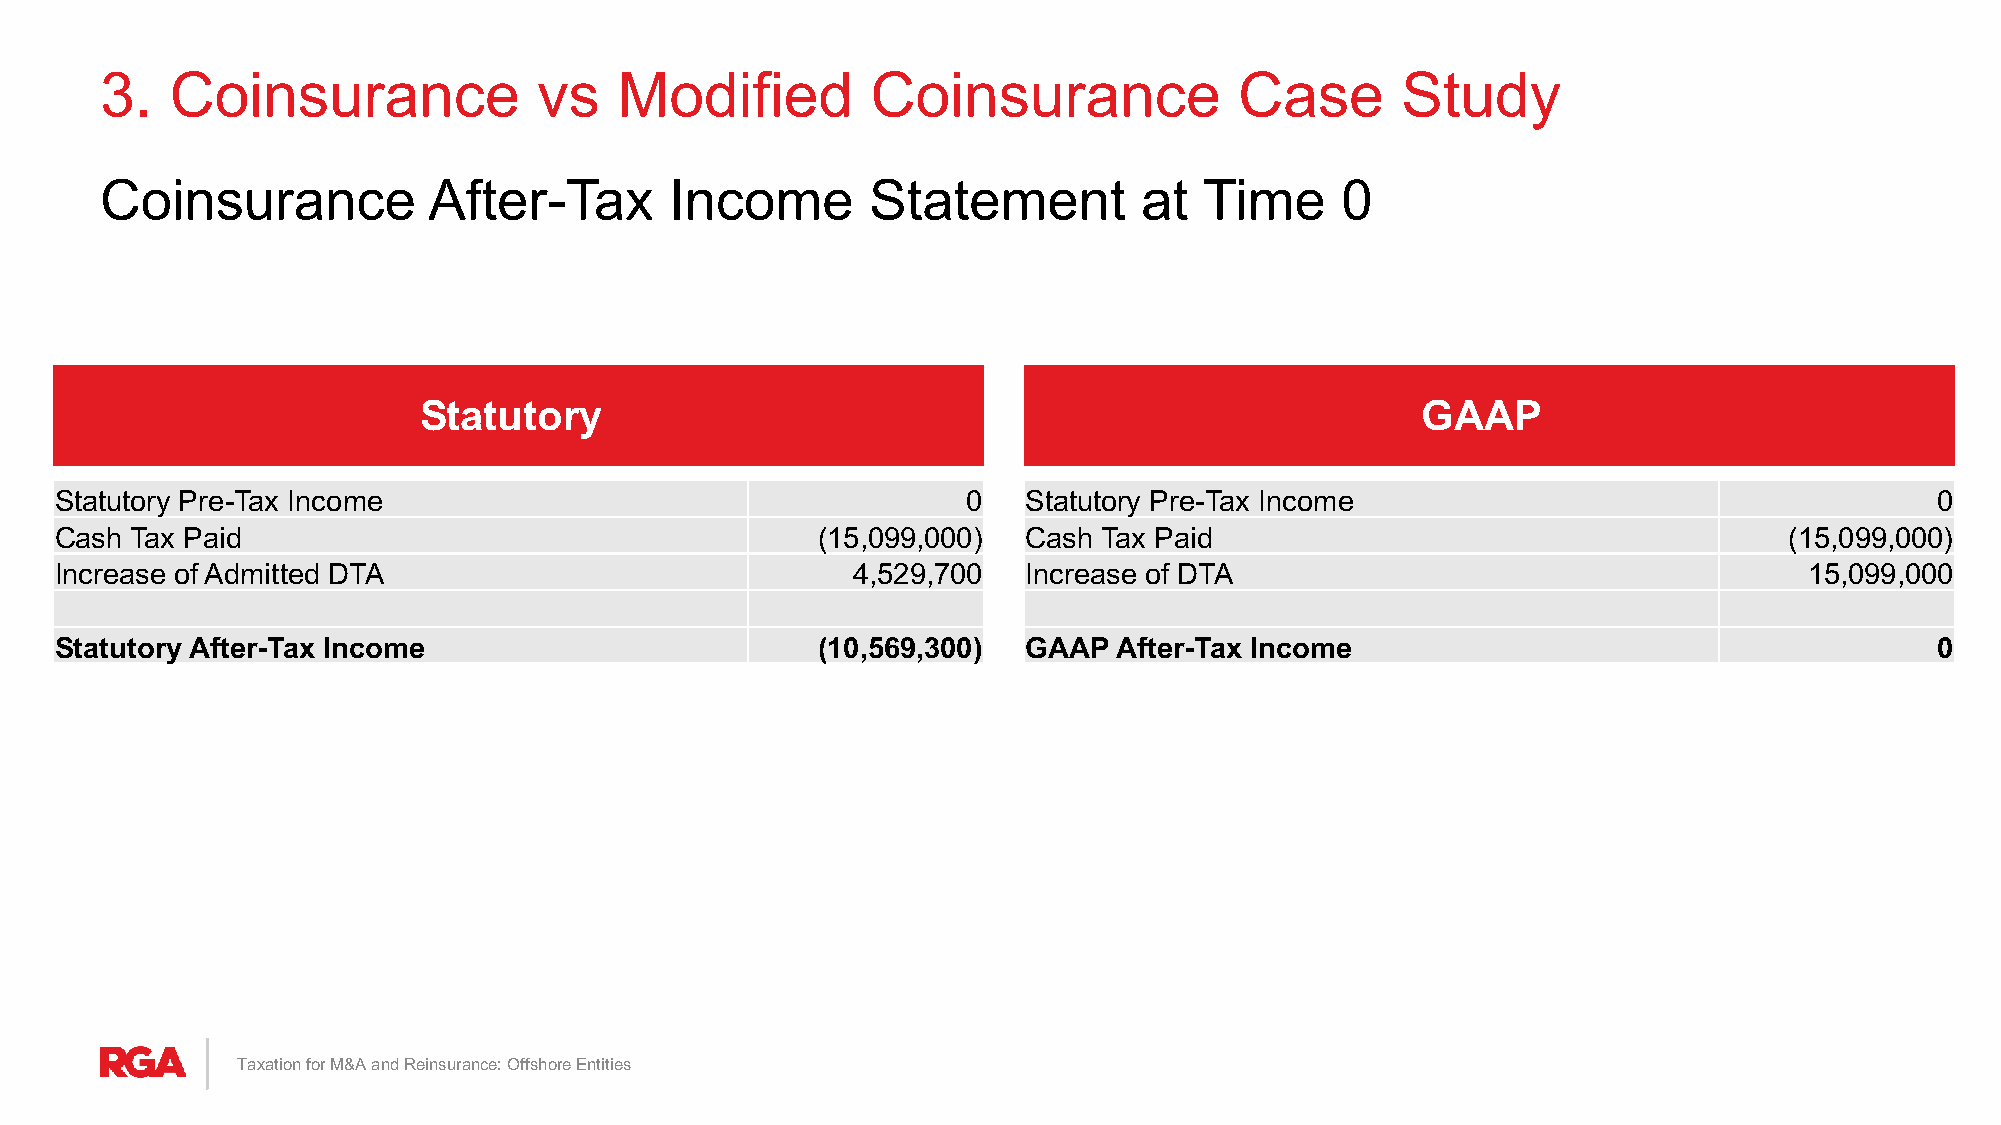
3.  Coinsurance              vs   Modified         Coinsurance             Case       Study
 Coinsurance          After-Tax       Income        Statement         at  Time     0
 Statutory                                                         GAAP
 Statutory Pre-Tax Income                                    0   Statutory Pre-Tax Income                                    0
 Cash Tax Paid                                     (15,099,000)  Cash Tax Paid                                     (15,099,000)
 Increase of Admitted DTA                            4,529,700   Increase of DTA                                     15,099,000
 Statutory After-Tax Income                        (10,569,300)  GAAP  After-Tax Income                                      0
 Taxation for M&A and Reinsurance: Offshore Entities